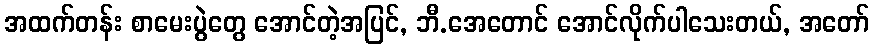
အထက်တန်း စာမေးပွဲတွေ အောင်တဲ့အပြင်, ဘီ.အေတောင် အောင်လိုက်ပါသေးတယ်, အတော်